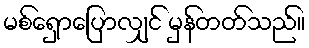
မစ်ရှောပြောလျှင် မှန်တတ်သည်။